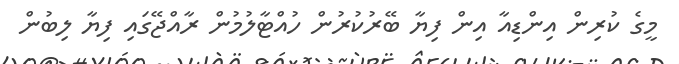
މީގެ ކުރިން އިންޑިއާ އިން ފިޔާ ބޭރުކުރުން ހުއްޓާލުމުން ރާއްޖޭގައި ފިޔާ ލިބުން